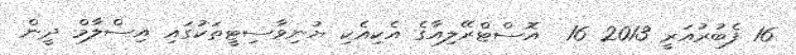
16 ފެބުރުއަރީ 2013 16  އޮސްޓްރޭލިއާގެ އެކިއެކި ޔުނިވާސިޓީތަކުގައި އިސްލާމް ދީން